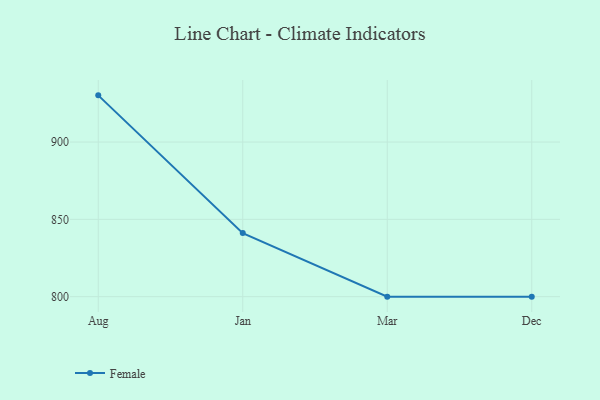
{"axis": {"x": "Month", "y": "Backlog"}, "legend": ["Female"], "data": [{"x": "Aug", "y": 930.2, "type": "Female"}, {"x": "Jan", "y": 841.1, "type": "Female"}, {"x": "Mar", "y": 800, "type": "Female"}, {"x": "Dec", "y": 800, "type": "Female"}]}